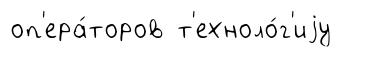
оп'ера́торов т'ехноло́г'иjу